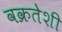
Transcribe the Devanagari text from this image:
वक्रतेशी